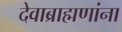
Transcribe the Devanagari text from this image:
देवाब्राह्मणांना